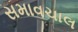
સમાવચાલ